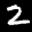
Label: 2